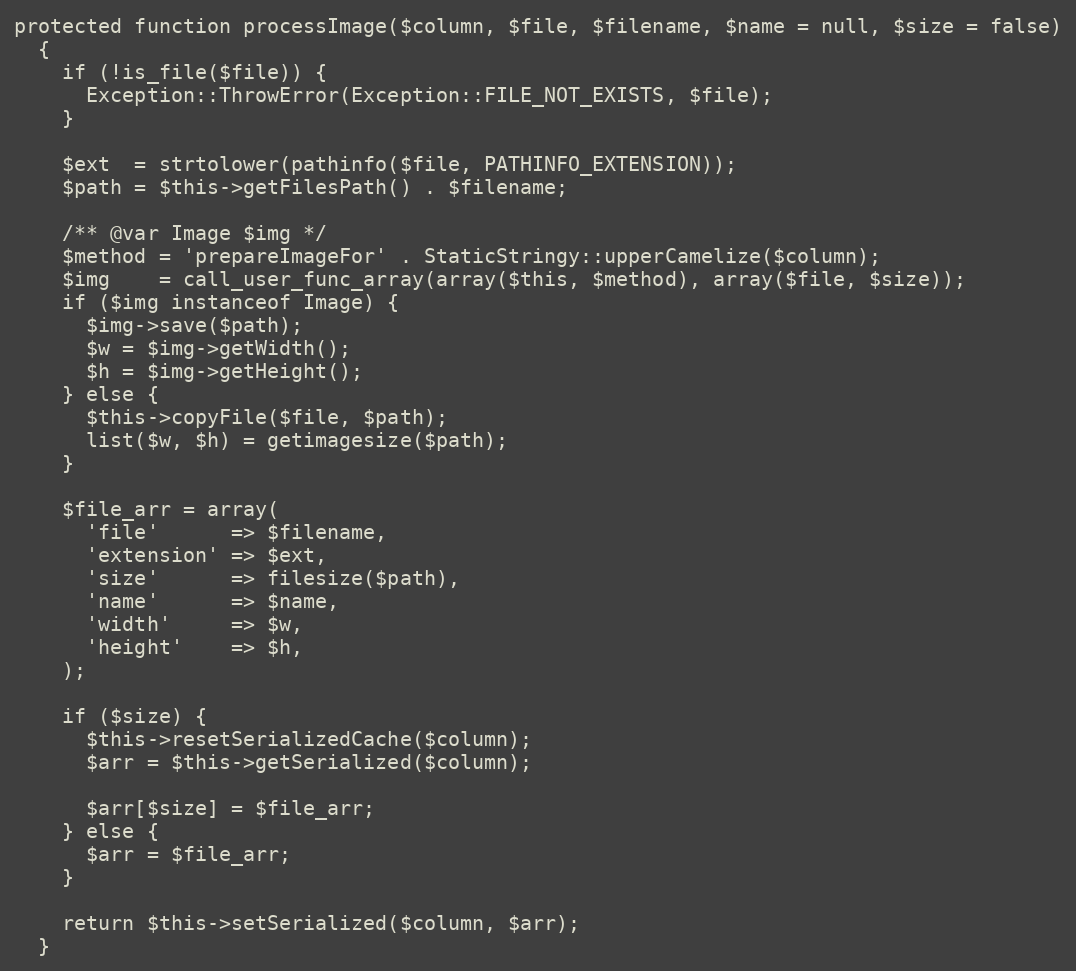
Language: PHP
protected function processImage($column, $file, $filename, $name = null, $size = false)
  {
    if (!is_file($file)) {
      Exception::ThrowError(Exception::FILE_NOT_EXISTS, $file);
    }

    $ext  = strtolower(pathinfo($file, PATHINFO_EXTENSION));
    $path = $this->getFilesPath() . $filename;

    /** @var Image $img */
    $method = 'prepareImageFor' . StaticStringy::upperCamelize($column);
    $img    = call_user_func_array(array($this, $method), array($file, $size));
    if ($img instanceof Image) {
      $img->save($path);
      $w = $img->getWidth();
      $h = $img->getHeight();
    } else {
      $this->copyFile($file, $path);
      list($w, $h) = getimagesize($path);
    }

    $file_arr = array(
      'file'      => $filename,
      'extension' => $ext,
      'size'      => filesize($path),
      'name'      => $name,
      'width'     => $w,
      'height'    => $h,
    );

    if ($size) {
      $this->resetSerializedCache($column);
      $arr = $this->getSerialized($column);

      $arr[$size] = $file_arr;
    } else {
      $arr = $file_arr;
    }

    return $this->setSerialized($column, $arr);
  }